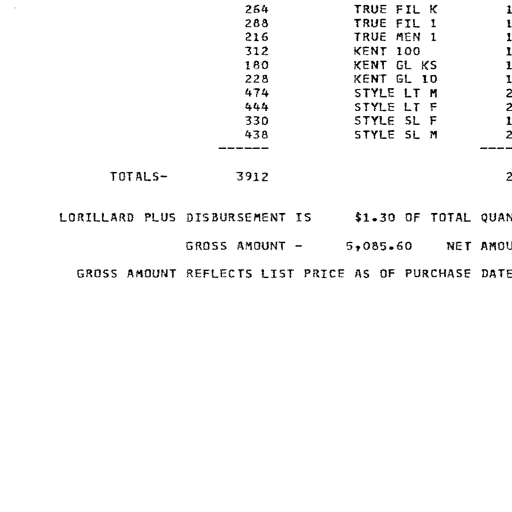
Transcript:
264	TRUE FIL K	1
288	TRUE FIL 1	1
216	TRUE MEN 1	1
312	KENT 100	1
180	KENT GL KS	1
228	KENT GL 10	1
474	STYLE LT M	2
444	STYLE LT F	2
330	STYLE SL F	1
438	STYLE SL M	2
------	------
TOTALS-	3912	2

LORILLARD PLUS DISBURSEMENT IS	$1.30 OF TOTAL QUAN

GROSS AMOUNT -	5,085.60	NET AMOU

GROSS AMOUNT REFLECTS LIST PRICE AS OF PURCHASE DATE